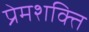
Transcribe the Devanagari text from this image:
प्रेमशक्ति